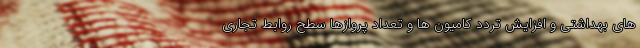
های بهداشتی و افزایش تردد کامیون ها و تعداد پروازها سطح روابط تجاری